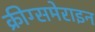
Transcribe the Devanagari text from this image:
क्रीग्समेराइन